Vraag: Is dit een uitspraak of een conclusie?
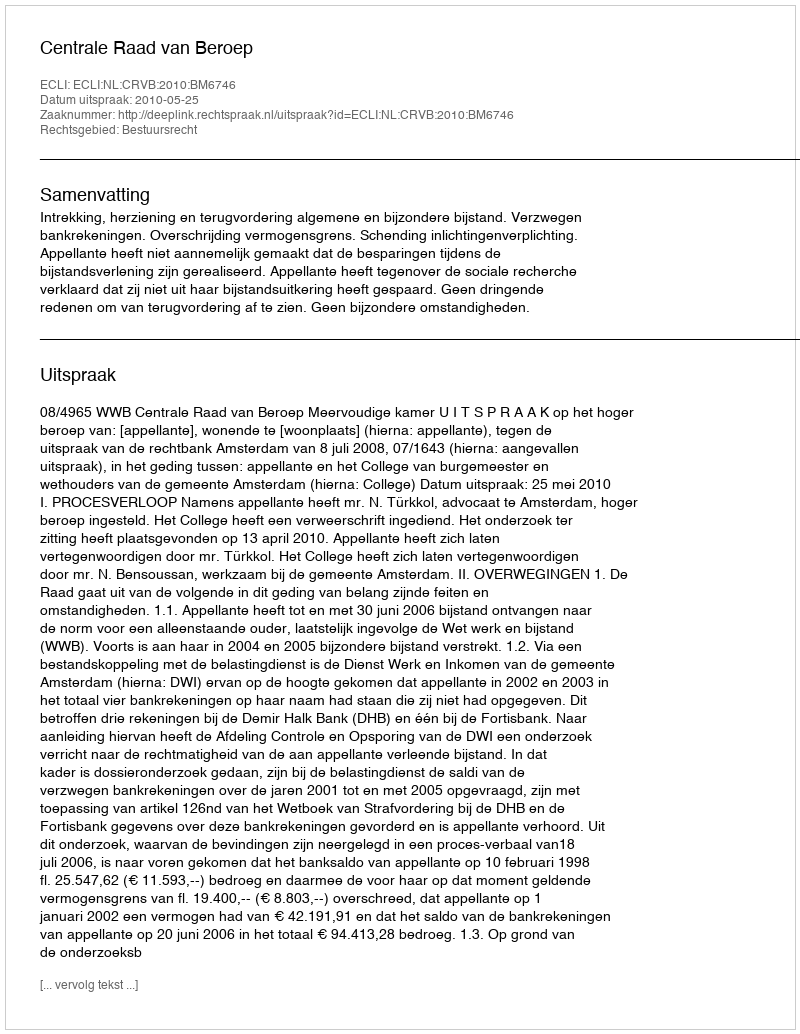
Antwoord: Uitspraak